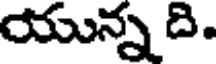
యున్న ది.